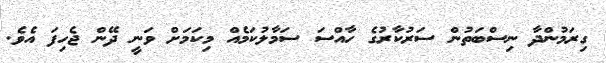
ގިރަމުންދާ ނިސްބަތުން ސަރުކާރުގެ ހާއްސަ ސަމާލުކަމެއް މިކަމަށް ވަނީ ދޭން ޖެހިފަ އެވެ.